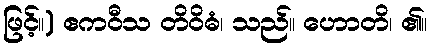
ဖြင့်။) ဧကဝီသ တိဝိဓံ၊ သည်။ ဟောတိ၊ ၏။